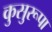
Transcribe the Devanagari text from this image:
कुसुरूपा